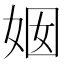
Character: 𱙏